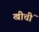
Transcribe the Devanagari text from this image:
खीचीं